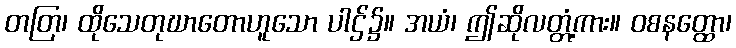
တတြ၊ ထိုသေတုဃာတောဟူသော ပါဌ်၌။ အယံ၊ ဤဆိုလတ္တံ့ကား။ ဝစနတ္ထော၊